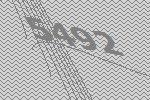
5492